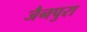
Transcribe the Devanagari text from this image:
जैनपुरा